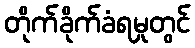
တိုက်ခိုက်ခံရမှုတွင်